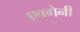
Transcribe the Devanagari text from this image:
एवगेनी